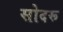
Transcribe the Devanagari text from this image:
सोदरू